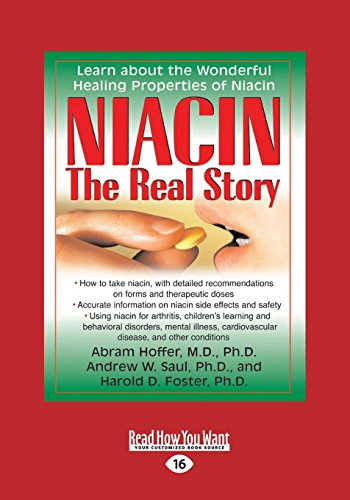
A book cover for Niacin: The Real Story; Abram Hoffer Foster; Health, Fitness & Dieting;